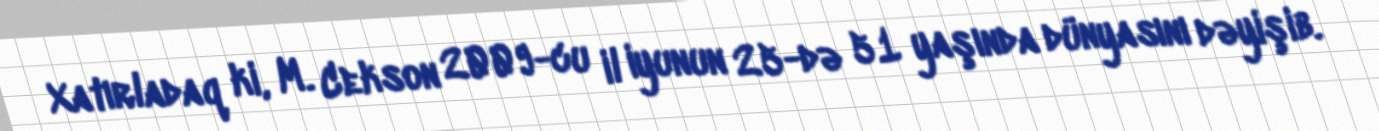
Xatırladaq ki, M. Cekson 2009-cu il iyunun 25-də 51 yaşında dünyasını dəyişib.